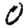
Digit: 0